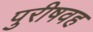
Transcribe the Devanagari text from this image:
पुरीषवह